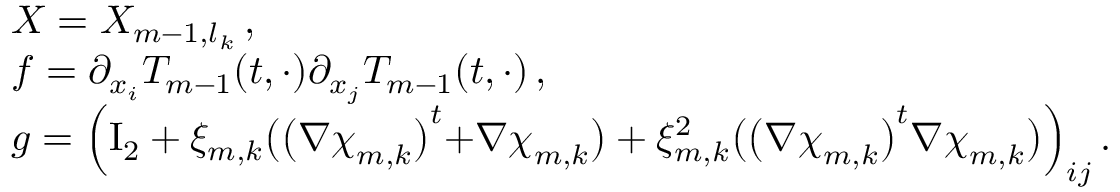
\begin{array} { r l } & { X = X _ { m - 1 , l _ { k } } \, , } \\ & { f = \partial _ { x _ { i } } T _ { m - 1 } ( t , \cdot ) \partial _ { x _ { j } } T _ { m - 1 } ( t , \cdot ) \, , } \\ & { g = \Bigl ( \ensuremath { \mathrm { I } _ { 2 } } + \xi _ { m , k } \bigl ( \bigl ( \nabla { \boldsymbol { \chi } } _ { m , k } \bigr ) ^ { t } { + } \nabla { \boldsymbol { \chi } } _ { m , k } \bigr ) + \xi _ { m , k } ^ { 2 } \bigl ( \bigl ( \nabla { \boldsymbol { \chi } } _ { m , k } \bigr ) ^ { t } \nabla { \boldsymbol { \chi } } _ { m , k } \bigr ) \Bigr ) _ { i j } \, . } \end{array}